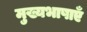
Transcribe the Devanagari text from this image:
मुख्यभाषाएँ